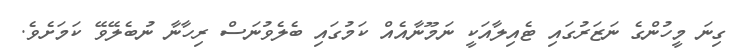
ގިނަ މީހުންގެ ނަޒަރުގައި ޓެއިލާއަކީ ނަމޫނާއެއް ކަމުގައި ބެލެވުނަސް ރިހާނާ ނުބެލޭވޭ ކަމަށެވެ.